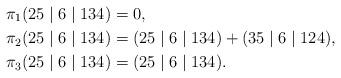
LaTeX: \begin{align*}\pi_1 (25 \mid 6 \mid 134) &= 0, \\\pi_2 (25 \mid 6 \mid 134) &= (25 \mid 6 \mid 134) + (35 \mid 6 \mid 124), \\\pi_3 (25 \mid 6 \mid 134) &= (25 \mid 6 \mid 134).\end{align*}